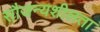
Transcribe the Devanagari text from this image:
सौजन्यशीलता